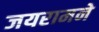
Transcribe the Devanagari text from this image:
जयरामने